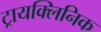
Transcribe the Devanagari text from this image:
ट्रायक्लिनिक